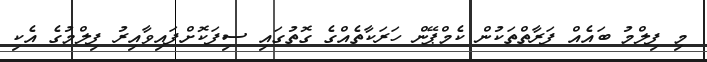
މި ފިލްމު ބައެއް ފަރާތްތަކުން ކެމްޕޭން ހަރަކާތެއްގެ ގޮތުގައި ސިފަކޮށްފައިވާއިރު ފިލްމުގެ އެކި